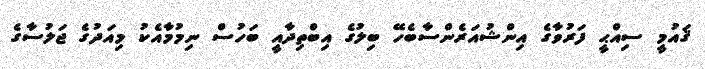
ޤައުމީ ސިއްޙީ ފަރުވާގެ އިންޝުއަރެންސާބެހޭ ބިލުގެ އިބްތިދާއީ ބަހުސް ނިމުމާއެކު މިއަދުގެ ޖަލުސާގެ